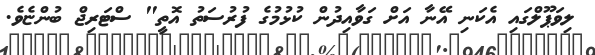
ލިވަޕޫލްގައި އެކަނި އޭނާ އަށް ގަވާއިދުން ކުޅުމުގެ ފުރުސަތު އޮތީ" ސްޓަރިޖް ބުންޏެވެ.